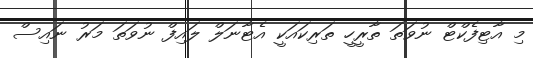
މި އާޓިފެކްޓް ނުވަތަ ތާރީހީ ތަރިކައަކީ އެޓާނަލް ލައިފް ނުވަަތަ މަރު ނައިސް